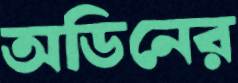
অডিনের